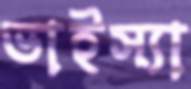
ভাইস্যা